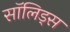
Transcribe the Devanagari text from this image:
सॉलिड्स